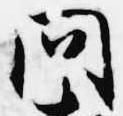
問